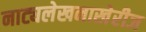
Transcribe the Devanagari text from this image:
नाट्यलेखनाखेरीज